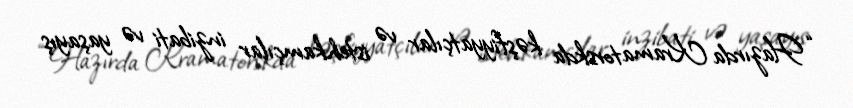
“Hazırda Kramatorskda kəşfiyyatçılar və istehkamçılar inzibati və yaşayış